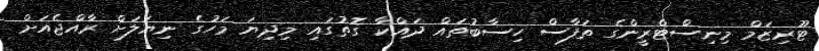
ޓޫރިޒަމް މިނިސްޓްރީންގެ ތަފާސް ހިސާބުތައް ދައްކާ ގޮތުގައި މިދިޔަ މަހުގެ ނިޔަލަށް ރާއްޖެއަށް